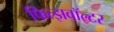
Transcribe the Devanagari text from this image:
फित्झवॉल्टर